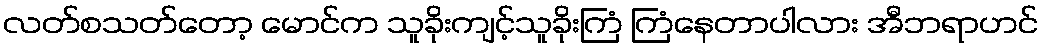
လတ်စသတ်တော့ မောင်က သူခိုးကျင့်သူခိုးကြံ ကြံနေတာပါလား အီဘရာဟင်